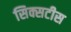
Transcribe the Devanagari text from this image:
सिक्सटीस